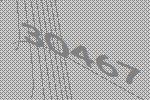
30467